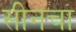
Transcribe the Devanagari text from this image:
सीनचा